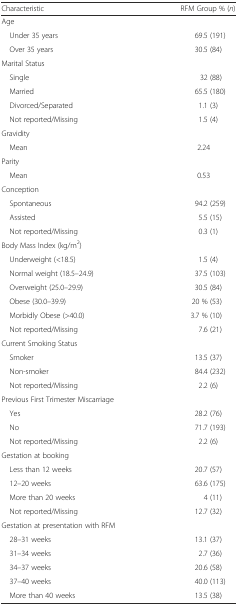
<table><thead><tr><td><b>Characteristic</b></td><td><b>RFM Group % (<i>n</i>)</b></td></tr></thead><tbody><tr><td>Age</td><td></td></tr><tr><td> Under 35 years</td><td>69.5 (191)</td></tr><tr><td> Over 35 years</td><td>30.5 (84)</td></tr><tr><td>Marital Status</td><td></td></tr><tr><td> Single</td><td>32 (88)</td></tr><tr><td> Married</td><td>65.5 (180)</td></tr><tr><td> Divorced/Separated</td><td>1.1 (3)</td></tr><tr><td> Not reported/Missing</td><td>1.5 (4)</td></tr><tr><td>Gravidity</td><td></td></tr><tr><td> Mean</td><td>2.24</td></tr><tr><td>Parity</td><td></td></tr><tr><td> Mean</td><td>0.53</td></tr><tr><td>Conception</td><td></td></tr><tr><td> Spontaneous</td><td>94.2 (259)</td></tr><tr><td> Assisted</td><td>5.5 (15)</td></tr><tr><td> Not reported/Missing</td><td>0.3 (1)</td></tr><tr><td>Body Mass Index (kg/m<sup>2</sup>)</td><td></td></tr><tr><td> Underweight (&lt;18.5)</td><td>1.5 (4)</td></tr><tr><td> Normal weight (18.5–24.9)</td><td>37.5 (103)</td></tr><tr><td> Overweight (25.0–29.9)</td><td>30.5 (84)</td></tr><tr><td> Obese (30.0–39.9)</td><td>20 % (53)</td></tr><tr><td> Morbidly Obese (&gt;40.0)</td><td>3.7 % (10)</td></tr><tr><td> Not reported/Missing</td><td>7.6 (21)</td></tr><tr><td>Current Smoking Status</td><td></td></tr><tr><td> Smoker</td><td>13.5 (37)</td></tr><tr><td> Non-smoker</td><td>84.4 (232)</td></tr><tr><td> Not reported/Missing</td><td>2.2 (6)</td></tr><tr><td>Previous First Trimester Miscarriage</td><td></td></tr><tr><td> Yes</td><td>28.2 (76)</td></tr><tr><td> No</td><td>71.7 (193)</td></tr><tr><td> Not reported/Missing</td><td>2.2 (6)</td></tr><tr><td>Gestation at booking</td><td></td></tr><tr><td> Less than 12 weeks</td><td>20.7 (57)</td></tr><tr><td> 12–20 weeks</td><td>63.6 (175)</td></tr><tr><td> More than 20 weeks</td><td>4 (11)</td></tr><tr><td> Not reported/Missing</td><td>12.7 (32)</td></tr><tr><td>Gestation at presentation with RFM</td><td></td></tr><tr><td> 28–31 weeks</td><td>13.1 (37)</td></tr><tr><td> 31–34 weeks</td><td>2.7 (36)</td></tr><tr><td> 34–37 weeks</td><td>20.6 (58)</td></tr><tr><td> 37–40 weeks</td><td>40.0 (113)</td></tr><tr><td> More than 40 weeks</td><td>13.5 (38)</td></tr></tbody></table>